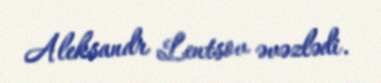
Aleksandr Lentsov əvəzlədi.